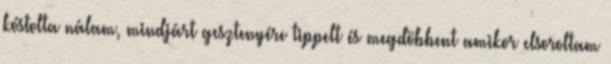
kóstolta nálam, mindjárt gesztenyére tippelt és megdöbbent amikor elsoroltam